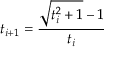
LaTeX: t _ { i + 1 } = { \frac { { \sqrt { t _ { i } ^ { 2 } + 1 } } - 1 } { t _ { i } } }